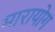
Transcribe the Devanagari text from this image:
मारायोग